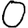
Digit: 0